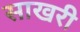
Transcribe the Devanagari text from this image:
साखरी